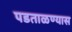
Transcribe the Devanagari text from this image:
पडताळण्यास